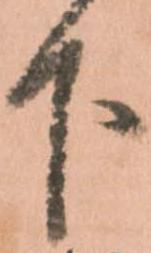
下